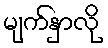
မျက်နှာလို